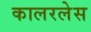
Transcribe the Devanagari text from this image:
कालरलेस